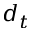
d _ { t }